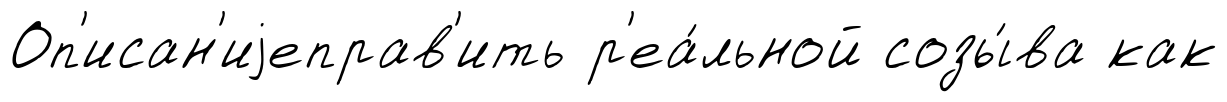
Оп'исан'иjеправ'ить р'еа́льной созы́ва как